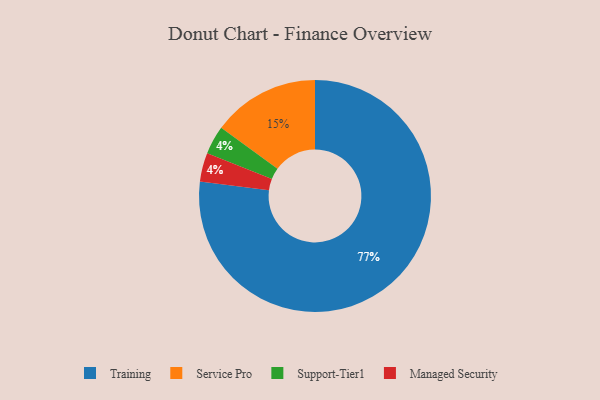
{"axis": {"x": "Category", "y": "Percentage"}, "legend": ["Managed Security", "Service Pro", "Support-Tier1", "Training"], "data": [{"x": "Service Pro", "y": 15, "type": "Service Pro"}, {"x": "Training", "y": 77, "type": "Training"}, {"x": "Support-Tier1", "y": 4, "type": "Support-Tier1"}, {"x": "Managed Security", "y": 4, "type": "Managed Security"}]}